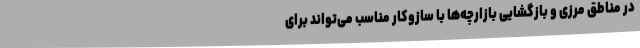
در مناطق مرزی و بازگشایی بازارچه‌ها با سازوکار مناسب می‌تواند برای